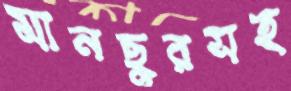
মানছুরসহ